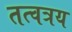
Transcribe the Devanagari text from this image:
तत्वत्रय